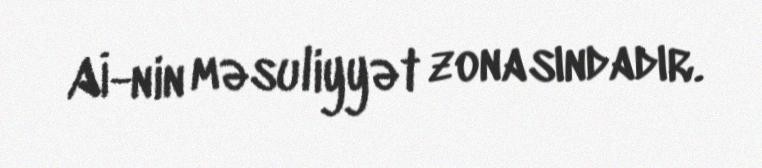
Aİ-nin məsuliyyət zonasındadır.